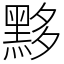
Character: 黟